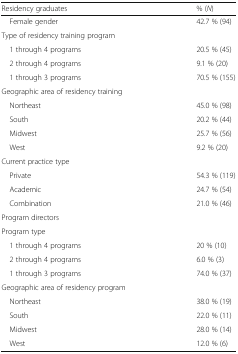
<table><thead><tr><td><b>Residency graduates</b></td><td><b>% (<i>N</i>)</b></td></tr></thead><tbody><tr><td> Female gender</td><td>42.7 % (94)</td></tr><tr><td colspan="2">Type of residency training program</td></tr><tr><td> 1 through 4 programs</td><td>20.5 % (45)</td></tr><tr><td> 2 through 4 programs</td><td>9.1 % (20)</td></tr><tr><td> 1 through 3 programs</td><td>70.5 % (155)</td></tr><tr><td colspan="2">Geographic area of residency training</td></tr><tr><td> Northeast</td><td>45.0 % (98)</td></tr><tr><td> South</td><td>20.2 % (44)</td></tr><tr><td> Midwest</td><td>25.7 % (56)</td></tr><tr><td> West</td><td>9.2 % (20)</td></tr><tr><td colspan="2">Current practice type</td></tr><tr><td> Private</td><td>54.3 % (119)</td></tr><tr><td> Academic</td><td>24.7 % (54)</td></tr><tr><td> Combination</td><td>21.0 % (46)</td></tr><tr><td colspan="2">Program directors</td></tr><tr><td colspan="2">Program type</td></tr><tr><td> 1 through 4 programs</td><td>20 % (10)</td></tr><tr><td> 2 through 4 programs</td><td>6.0 % (3)</td></tr><tr><td> 1 through 3 programs</td><td>74.0 % (37)</td></tr><tr><td colspan="2">Geographic area of residency program</td></tr><tr><td> Northeast</td><td>38.0 % (19)</td></tr><tr><td> South</td><td>22.0 % (11)</td></tr><tr><td> Midwest</td><td>28.0 % (14)</td></tr><tr><td> West</td><td>12.0 % (6)</td></tr></tbody></table>